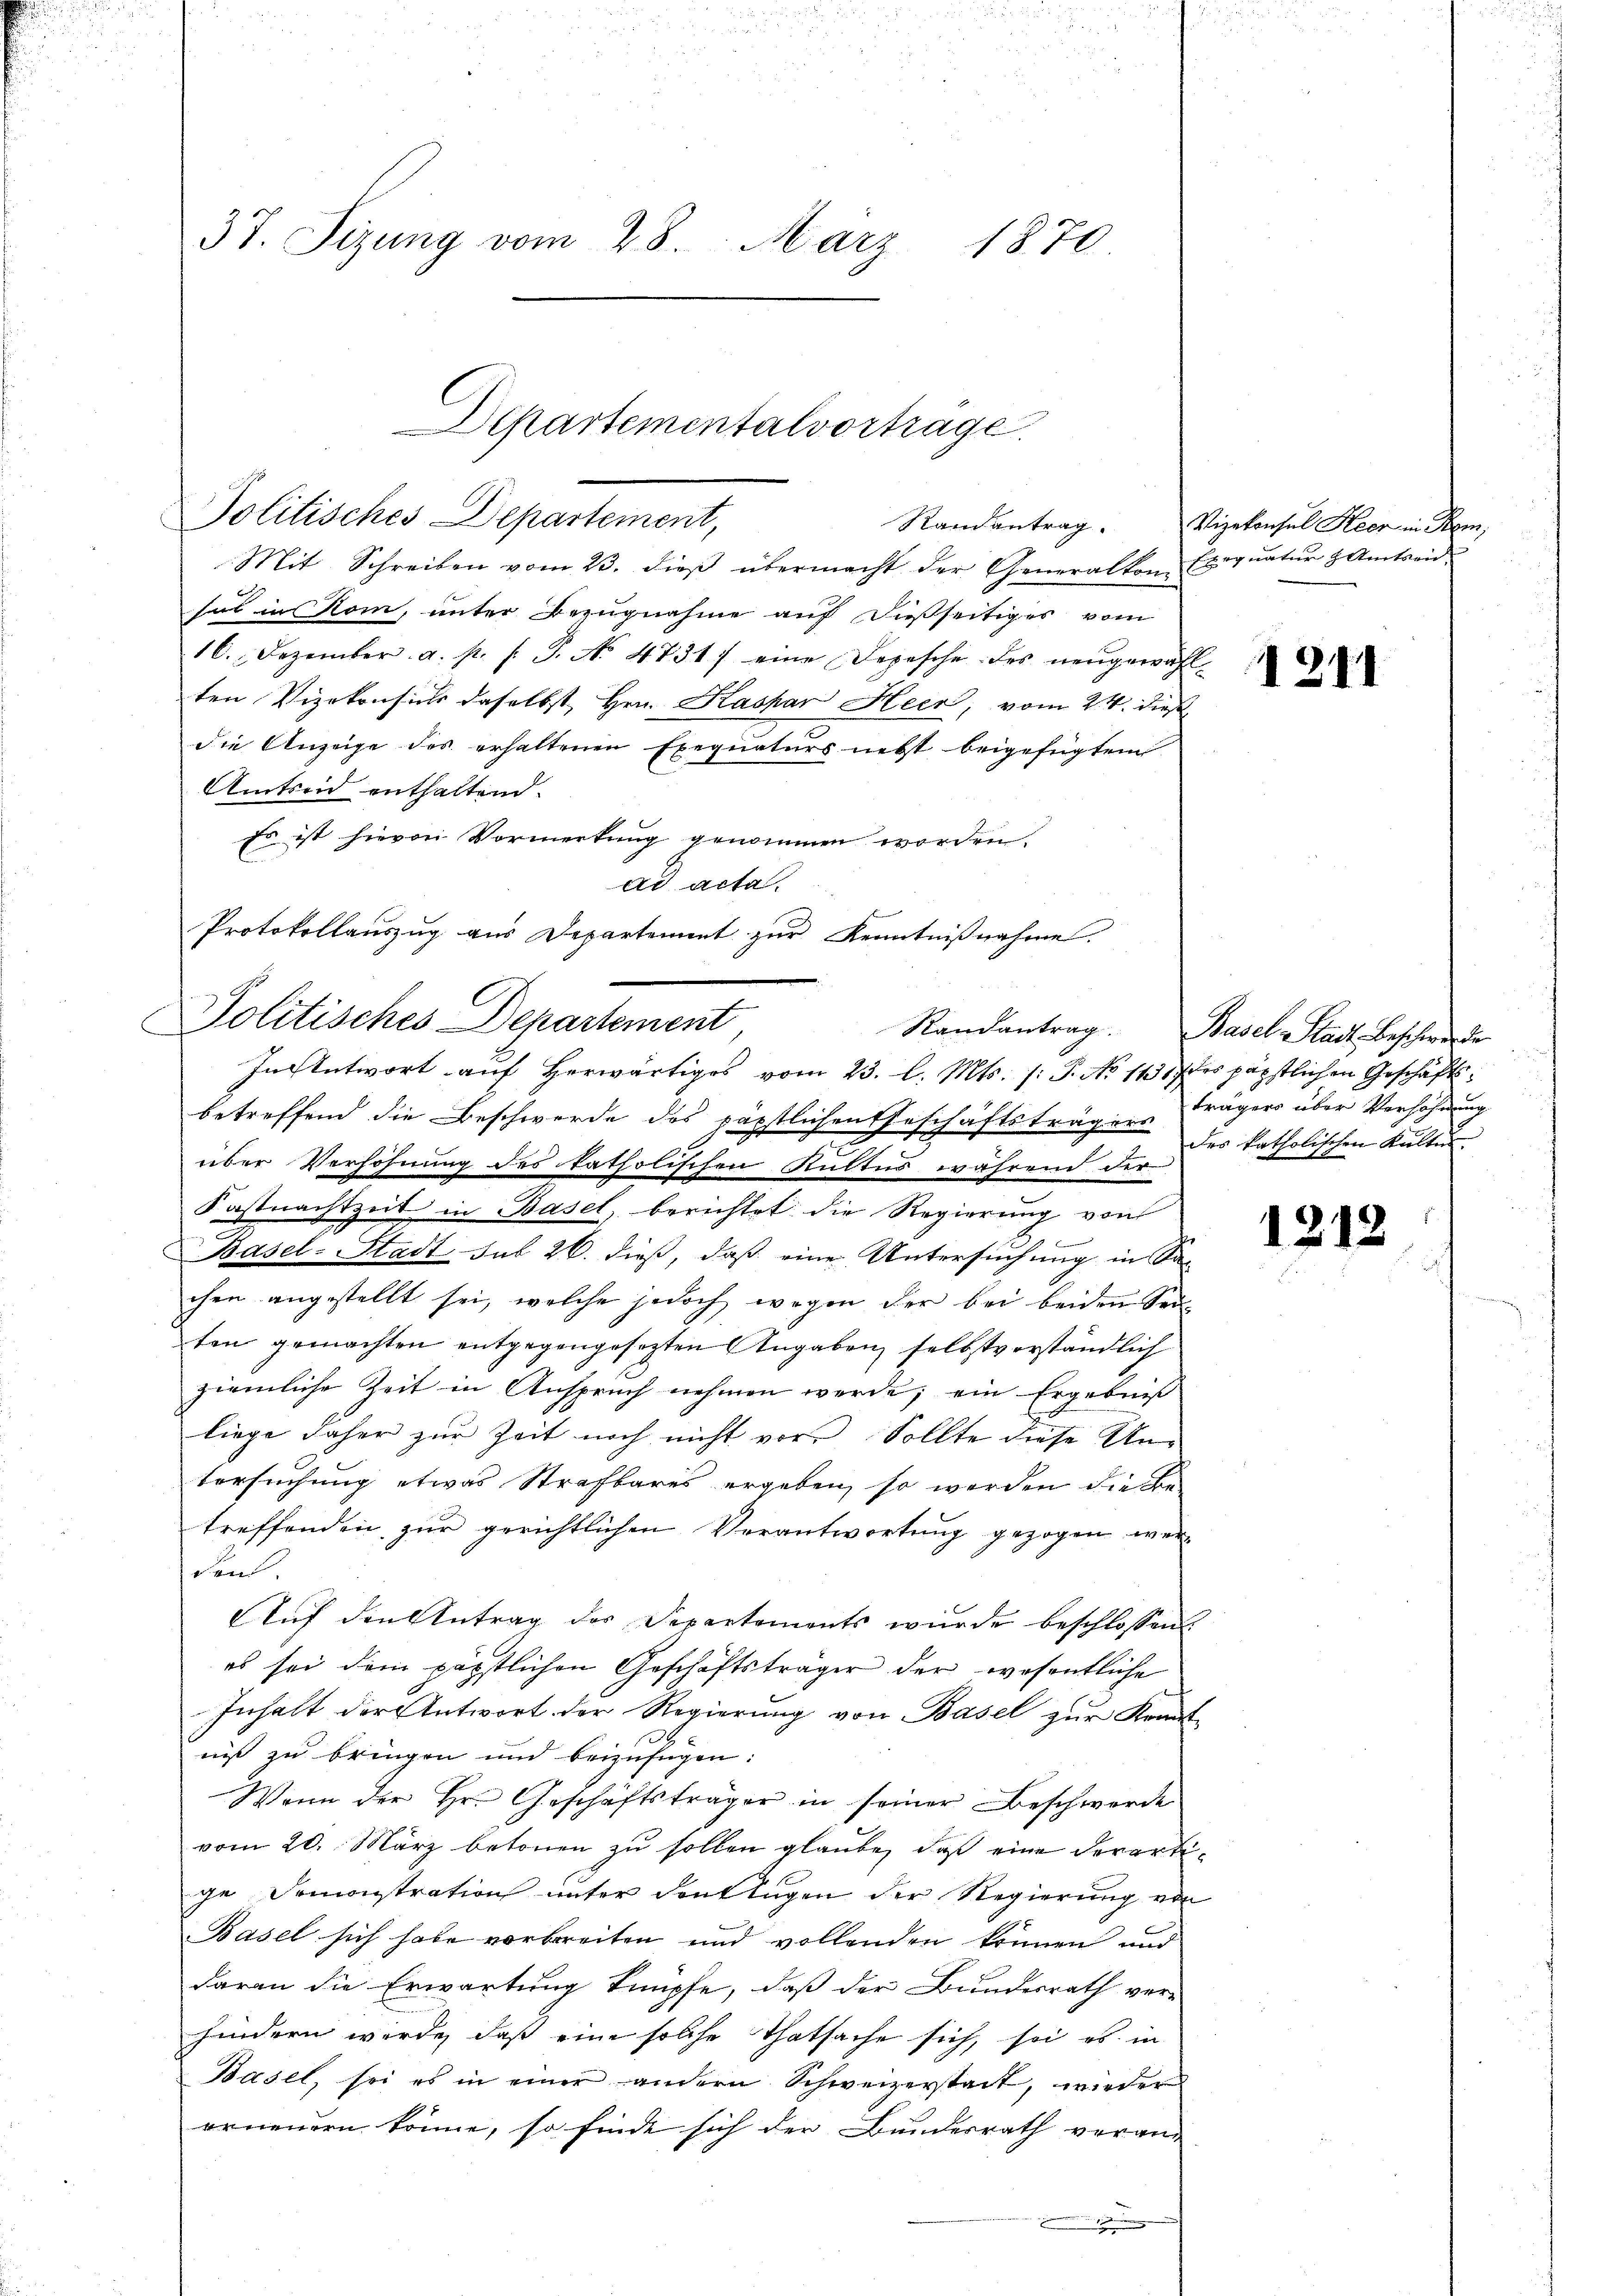
37. Sizung vom 28. März 1870

Mit Schreiben vom 23. dieβ übermacht der Generalkon Esignatur & Amtseid.
sul in Rom, unter Bezugnahme auf dießseitiges vom
16. Dezember a. p. s. S. No 4731) eine Depesche des neŭgewähl
ten Vizekonsich daselbst, Hrn. Kaspar Heer, vom 24. dieß
die Anzeige des erhaltenen Exequaturs nebst beigefügtem
Amtseid enthaltend.
so ist hievon Vormerkung genommen worden.
ad acta.
betreffend die Beschwerde des päpstlichen Geschäftsträgen Fragers über Verhöhnung
über Verhöhnung des katholischen Kultus während der
Kastnachtzeit in Basel, berichtet die Regierung von
Basel-Stadt sub 26. dieß, daß eine Untersuchung in Sa-
chen angestellt sei, welche jedoch wegen der bei beiden Seiten gemachten entgegengesezten Angaben selbstverständlich
ziemliche Zeit in Anspruch nehmen werde; ein Ergebniß
liege daher zur Zeit noch nicht vor. Sollte diese Untersuchung etwas Strafbares ergeben, so werden die Be-
treffenden zur gerichtlichen Verantwortung gezogen werden.
Auf den Antrag des Departements wurde beschlossen:
es sei dem päpstlichen Geschäftsträger der wesentliche
Inhalt der Antwort der Regierung von Basel zur Krank-
niß zu bringen und beizufügen:
Wenn der Hr. Geschäftsträger in seiner Beschwerde
vom 20. März betonen zu sollen glaube, daß eine derart
ge Demonstration unter denklugen der Regierung von
Basel sich habe vorbereiten und vollenden können und
daran die Erwartung knüpfe, daß der Bundesrath ver-
hindern werde, daß eine solche Thatsache sich, sei es in
Basel, sei es in einer andern Schweizerstadt, wieder
erneuern könne, so finde sich der Bunderrath veran¬

Protokollauszug aus Departement zur Kenntnißnahme.
Politisches Departement
In Antwort auf herwärtiges vom 23. l. Mts. (: P. No 14317 des päpstlichen Geschäfts¬

Departementalvortrage
Politisches Departement,

Randantrag. Vizekonsul Keer in Bem,

2

1211

Randantrag. Basel-Stadt Beschwerde
des katholischen Kalten.

1212